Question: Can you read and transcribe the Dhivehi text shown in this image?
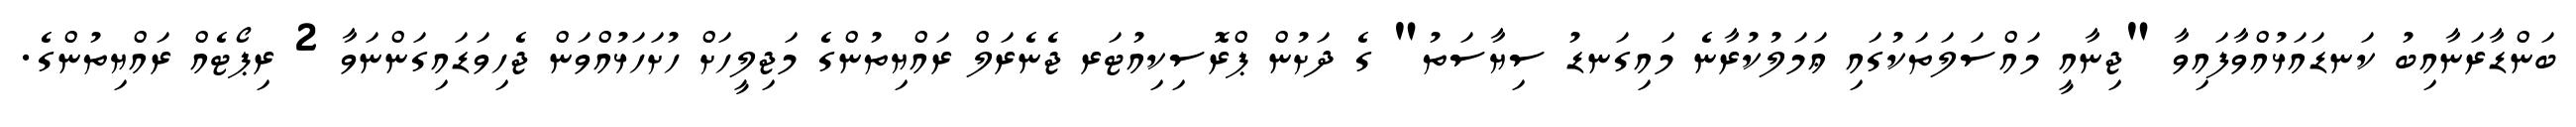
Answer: ބަންޑާރަނާއިބު ކަނޑައަޅުއްވާފައިވާ "ޖިނާއީ މައްސަލަތަކުގައި ޢަމަލުކުރާނެ މައިގަނޑު ސިޔާސަތު" ގެ ދަށުން ޕްރޮސިކިއުޓަރ ޖެނެރަލް ރައްޔިތުންގެ މަޖިލީހަށް ހުށަހަޅުއްވަން ޖެހިވަޑައިގަންނަވާ 2 ރިޕޯޓެއް ރައްޔިތުންގެ.